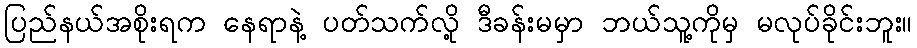
ပြည်နယ်အစိုးရက နေရာနဲ့ ပတ်သက်လို့ ဒီခန်းမမှာ ဘယ်သူ့ကိုမှ မလုပ်ခိုင်းဘူး။